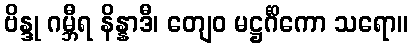
ဗိန္ဒု ဂမ္ဘီရ နိန္နာဒီ၊ တျေဝ မဋ္ဌင်္ဂိကော သရော။